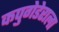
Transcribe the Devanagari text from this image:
कपुगेडेराला